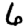
Digit: 6